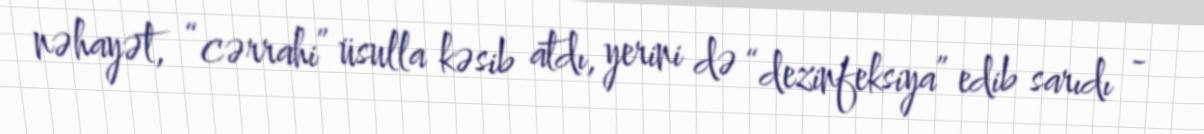
nəhayət, “cərrahi” üsulla kəsib atdı, yerini də “dezinfeksiya” edib sarıdı -